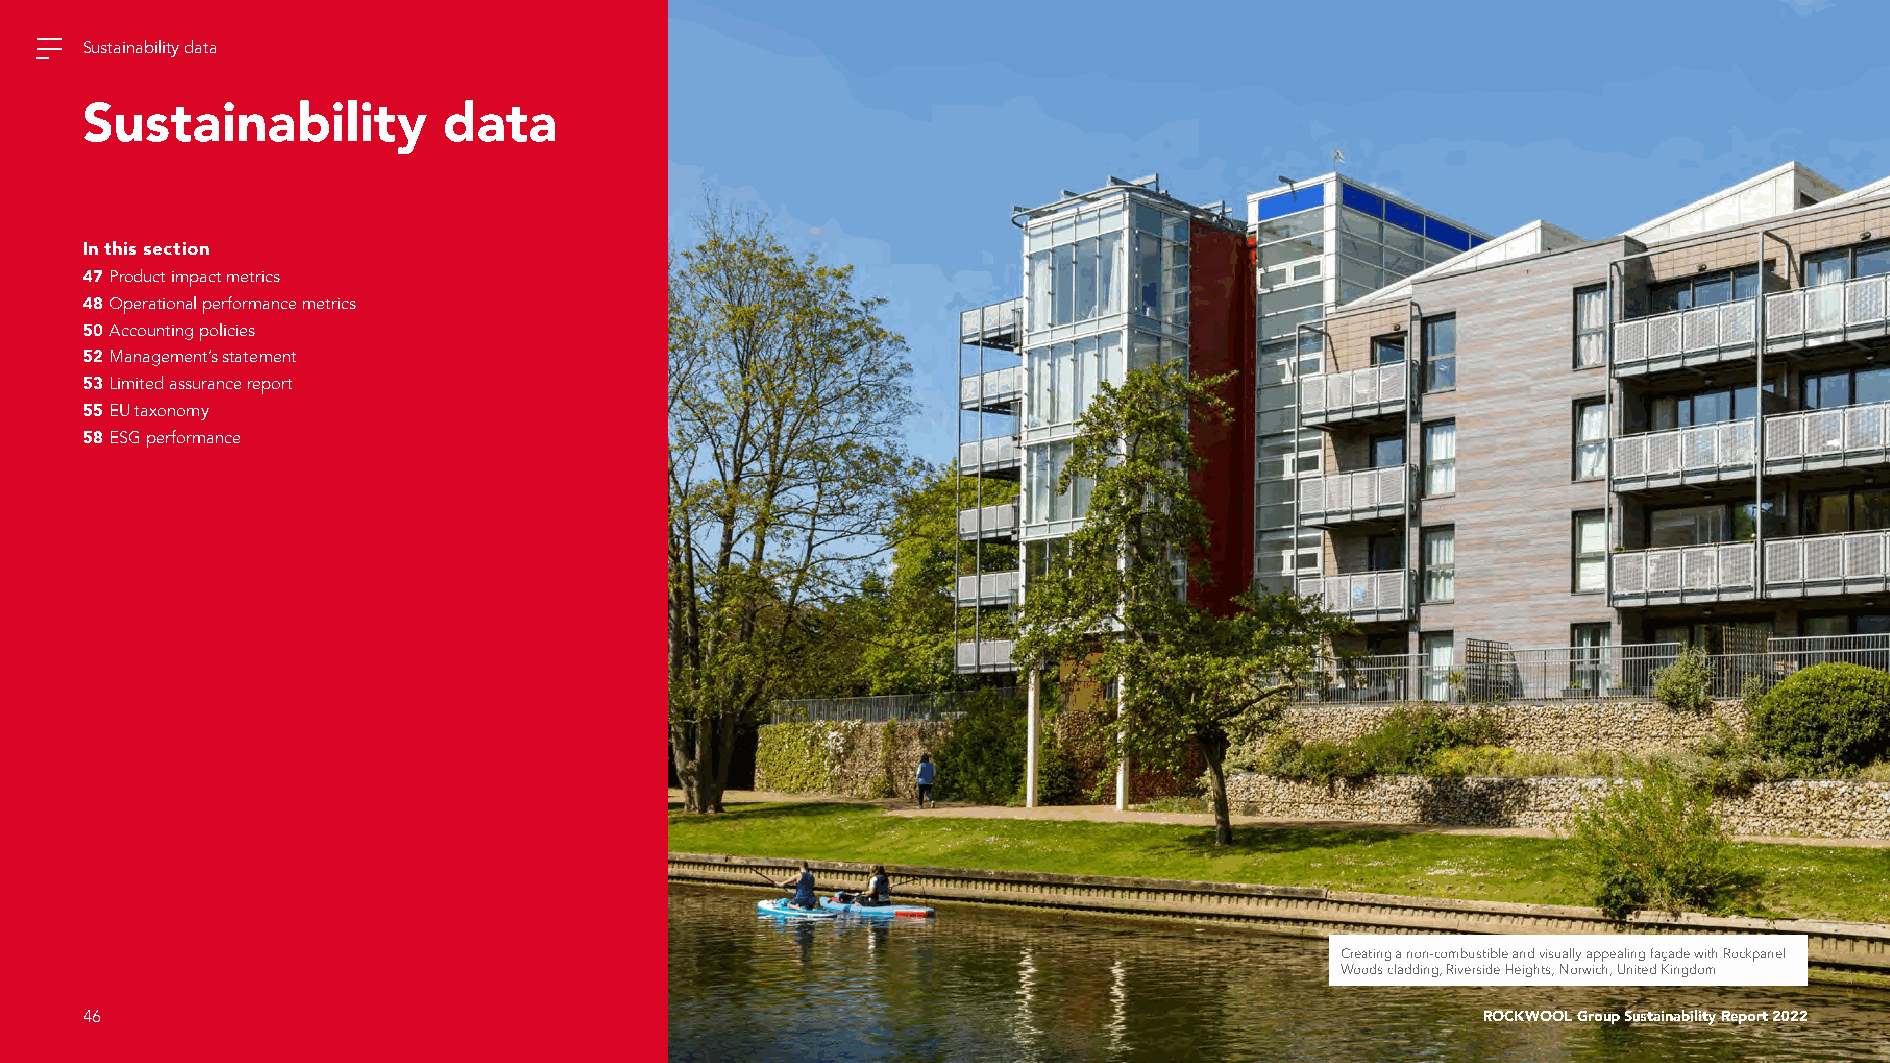
Sustainability data
 Sustainability          data
 In this section
 47 Product impact metrics
 48 Operational performance metrics
 50 Accounting policies
 52 Management’s statement
 53 Limited assurance report
 55 EU taxonomy
 58 ESG performance
 Creating a non-combustible and visually appealing façade with Rockpanel
 Woods cladding, Riverside Heights, Norwich, United Kingdom
 46                                                                                           ROCKWOOL Group Sustainability Report 2022